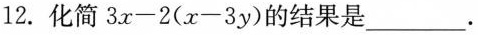
12.化简$$3 x - 2 ( x - 3 y )$$的结果是___。